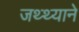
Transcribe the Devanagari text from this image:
जथ्थ्याने